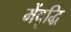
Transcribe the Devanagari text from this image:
मेंवृद्धि